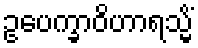
ဥပေက္ခာဝိဟာရသ္မိံ